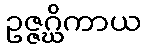
ဥဇ္ဇဂ္ဃိကာယ